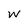
Character: w